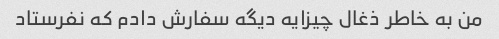
من به خاطر ذغال چیزایه دیگه سفارش دادم که نفرستاد